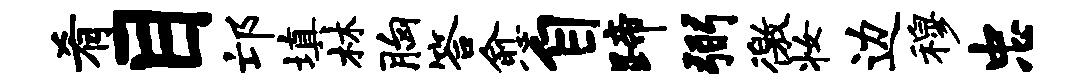
肴目邙填林胸答愈自蹄弼徼妆边穆忠